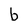
Character: b